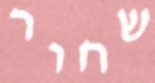
שחור